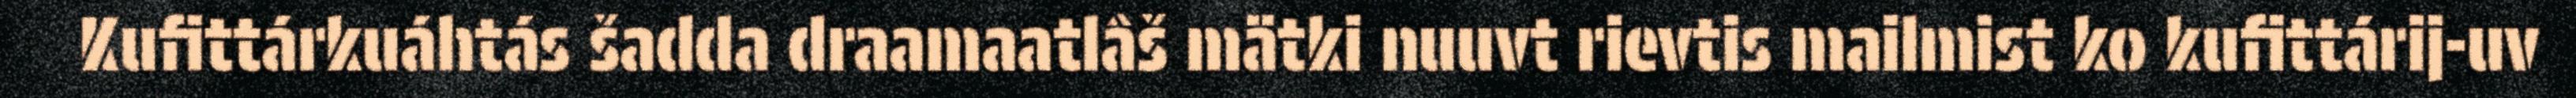
Kufittárkuáhtás šadda draamaatlâš mätki nuuvt rievtis mailmist ko kufittárij-uv